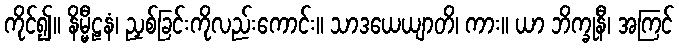
ကိုင်၍။ နိမ္မီဠနံ၊ ညှစ်ခြင်းကိုလည်းကောင်း။ သာဒယေယျာတိ၊ ကား။ ယာ ဘိက္ခုနီ၊ အကြင်